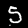
Label: 5